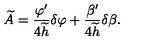
\widetilde { A } = { \frac { \varphi ^ { \prime } } { 4 \widetilde { h } } } \delta \varphi + { \frac { \beta ^ { \prime } } { 4 \widetilde { h } } } \delta \beta .